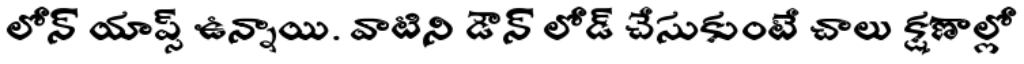
లోన్ యాప్స్ ఉన్నాయి. వాటిని డౌన్ లోడ్ చేసుకుంటే చాలు క్షణాల్లో